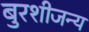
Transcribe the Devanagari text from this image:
बुरशीजन्य